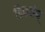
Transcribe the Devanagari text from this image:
डिकर्सन्